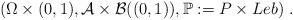
LaTeX: \begin{align*} \left(\Omega\times(0,1),\mathcal A\times\mathcal B((0,1)),\mathbb P:=P\times Leb\right)\,.\end{align*}